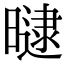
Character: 曃